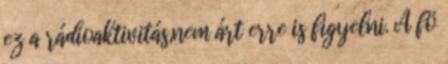
ez a rádioaktivitás,nem árt erre is figyelni. A fö